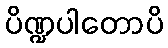
ပိဏ္ဍပါတောပိ